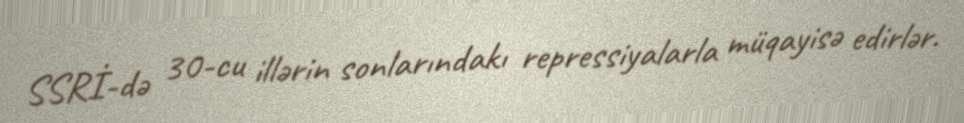
SSRİ-də 30-cu illərin sonlarındakı repressiyalarla müqayisə edirlər.